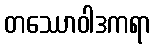
တဿောဝါဒကရာ